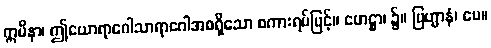
ဣမိနာ၊ ဤယောရာဂေါသာရာဂေါအစရှိသော စကားရပ်ဖြင့်။ ဟေဋ္ဌာ၊ ၌။ ဗြဟ္မာနံ၊ ပေ။